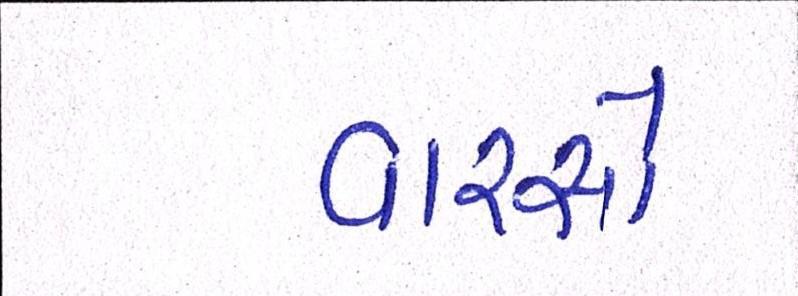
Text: વારસો